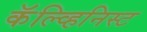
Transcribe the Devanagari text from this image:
कॅल्व्हिनिस्ट